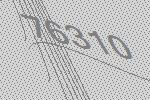
76310